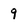
Character: 9